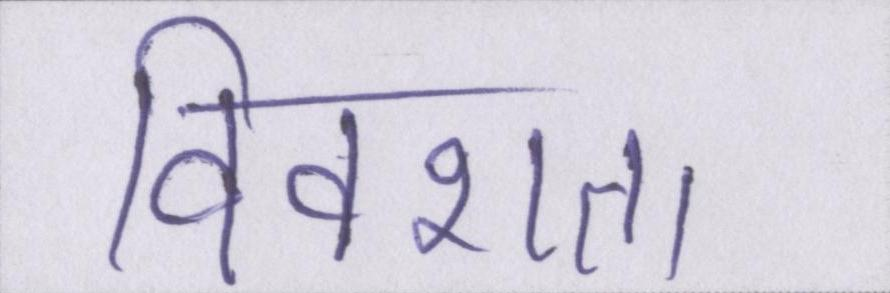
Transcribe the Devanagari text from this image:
विवशता